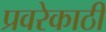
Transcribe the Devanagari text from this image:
प्रवरेकाठी